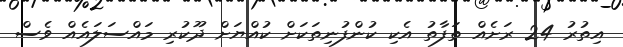
އިތުރު 24 ރަށެއް ތަފާތު އެކި ކުންފުނިތަކަށް ކުއްޔަށް ދޫކުރި މައްސަލައެއް ވެސް